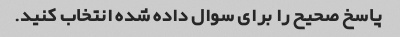
پاسخ صحیح را برای سوال داده شده انتخاب کنید.